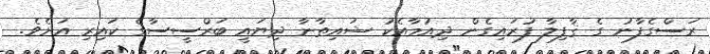
ރަސްގެފާނު ގެ ޤާފިލާ ފުރައިގެން ދިއުމާއެކު ޝައިޠާނާ ދިޔައީ ބަރްސީސާގެ ކައިރި އަށެވެ.